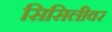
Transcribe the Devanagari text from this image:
सिसिलीवर